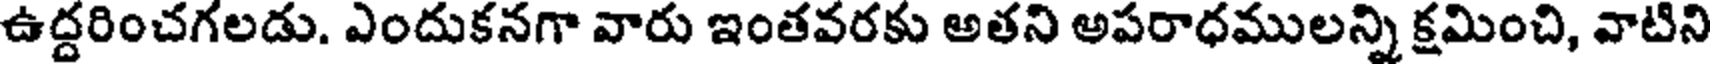
ఉద్దరించగలడు. ఎందుకనగా వారు ఇంతవరకు అతని అపరాధములన్ని క్షమించి, వాటిని